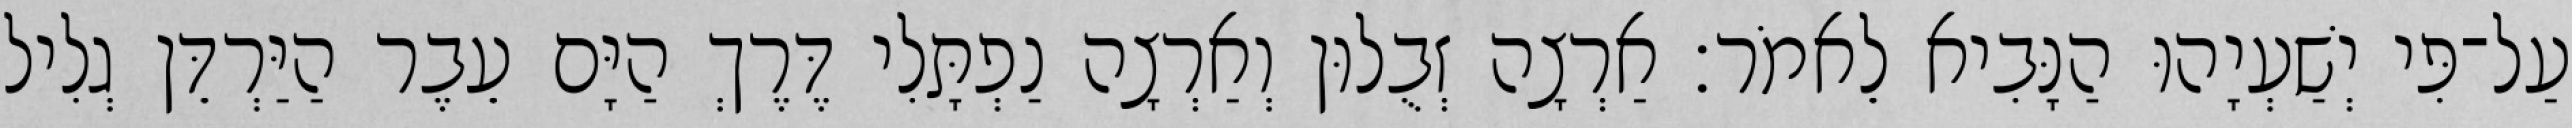
עַל־פִּי יְשַׁעְיָהוּ הַנָּבִיא לֵאמֹר׃ אַרְצָה זְבֻלוּן וְאַרְצָה נַפְתָּלִי דֶּרֶךְ הַיָּם עֵבֶר הַיַּרְדֵּן גְלִיל